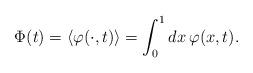
LaTeX: \begin{align*}{\Phi}(t) = \left\langle \varphi(\cdot,t) \right\rangle = \int_0^1 dx\,\varphi(x,t).\end{align*}